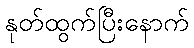
နုတ်ထွက်ပြီးနောက်